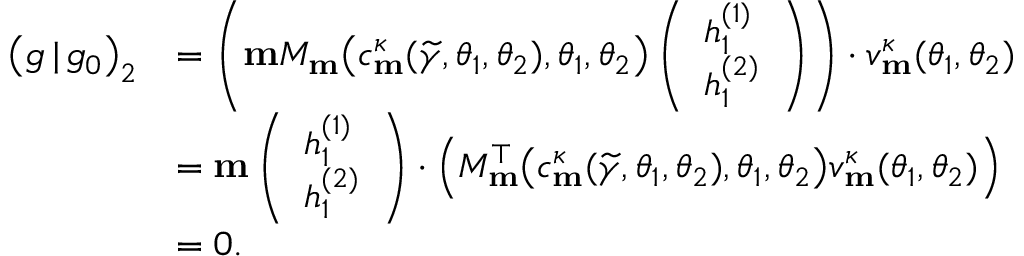
\begin{array} { r l } { \big ( g \, | \, g _ { 0 } \big ) _ { 2 } } & { = \left( \mathbf { m } M _ { \mathbf { m } } \big ( c _ { \mathbf { m } } ^ { \kappa } ( \widetilde { \gamma } , \theta _ { 1 } , \theta _ { 2 } ) , \theta _ { 1 } , \theta _ { 2 } \big ) \left( \begin{array} { l } { h _ { 1 } ^ { ( 1 ) } } \\ { h _ { 1 } ^ { ( 2 ) } } \end{array} \right) \right) \cdot v _ { \mathbf { m } } ^ { \kappa } ( \theta _ { 1 } , \theta _ { 2 } ) } \\ & { = \mathbf { m } \left( \begin{array} { l } { h _ { 1 } ^ { ( 1 ) } } \\ { h _ { 1 } ^ { ( 2 ) } } \end{array} \right) \cdot \Big ( M _ { \mathbf { m } } ^ { \top } \big ( c _ { \mathbf { m } } ^ { \kappa } ( \widetilde { \gamma } , \theta _ { 1 } , \theta _ { 2 } ) , \theta _ { 1 } , \theta _ { 2 } \big ) v _ { \mathbf { m } } ^ { \kappa } ( \theta _ { 1 } , \theta _ { 2 } ) \Big ) } \\ & { = 0 . } \end{array}